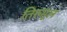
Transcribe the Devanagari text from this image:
तिरुमूल